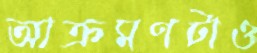
আক্রমণটাও